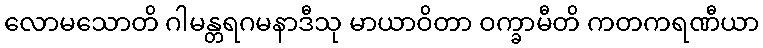
လောမသောတိ ဂါမန္တရဂမနာဒီသု မာယာဝိတာ ဝက္ခာမီတိ ကတကရဏီယာ